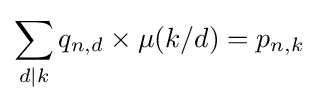
\sum _{d|k}q_{n,d}\times \mu (k/d)=p_{n,k}